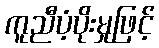
ကူညီပံ့ပိုးမှုဖြင့်